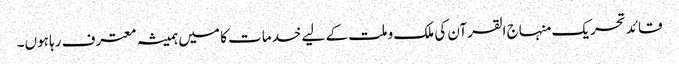
قائد تحریک منہاج القرآن کی ملک و ملت کے لیے خدمات کا میں ہمیشہ معترف رہا ہوں۔